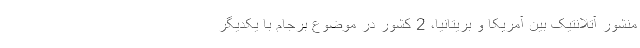
منشور آتلانتیک بین آمریکا و بریتانیا، 2 کشور در موضوع برجام با یکدیگر